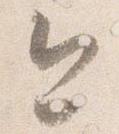
今